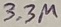
Text: 3.3µ